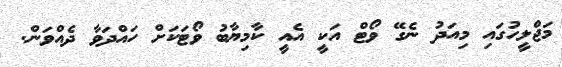
މަޖްލީހުގައި މިއަދު ނެގޭ ވޯޓް އަކީ އެއީ ކާމިޔާބު ވޯޓަކަށް ހައްދަވާ ދެއްވަން.